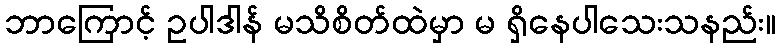
ဘာကြောင့် ဥပါဒါန် မသိစိတ်ထဲမှာ မ ရှိနေပါသေးသနည်း။